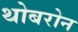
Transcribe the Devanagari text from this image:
थोबरोन